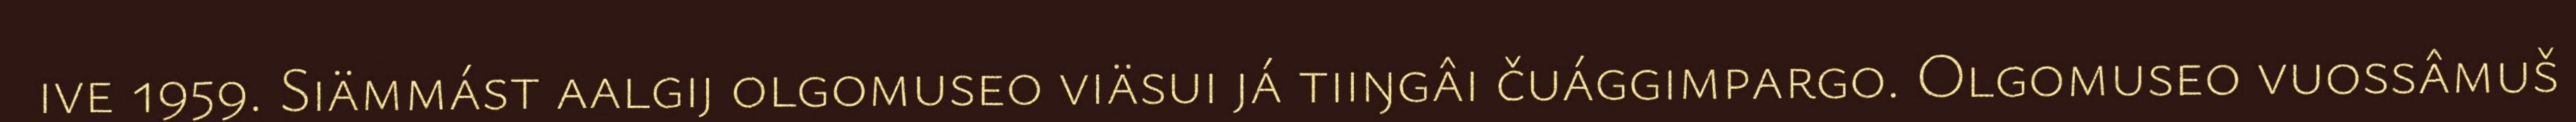
ive 1959. Siämmást aalgij olgomuseo viäsui já tiiŋgâi čuággimpargo. Olgomuseo vuossâmuš